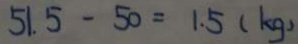
5 1 . 5 - 5 0 = 1 . 5 ( k g )